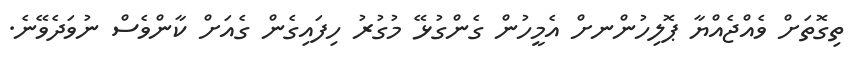
ތިގޮތަށް ވެއްޖެއްޔާ ޕޮލިހުންނށް އެމީހުން ގެންގުޅޭ މުގުރު ހިފައިގެން ގެއަށް ކާންވެސް ނުވަދެވޭނެ.